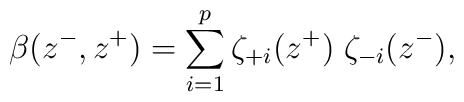
\beta(z^-, z^+) = \sum_{i=1}^p \zeta_{+i}(z^+) \; \zeta_{-i}(z^-),